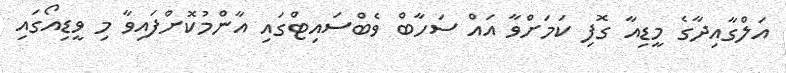
އަލްގާއިދާގެ މީޑިއާ ގޮފި ކަމަށްވާ އައް ސަހާބް ވެބްސައިޓްގައި އާންމުކޮށްފައިވާ މި ވީޑިއޯގައި